Civil Veterinary Department. United Provinces 1923-31 - 1923-1931
Year: 1923
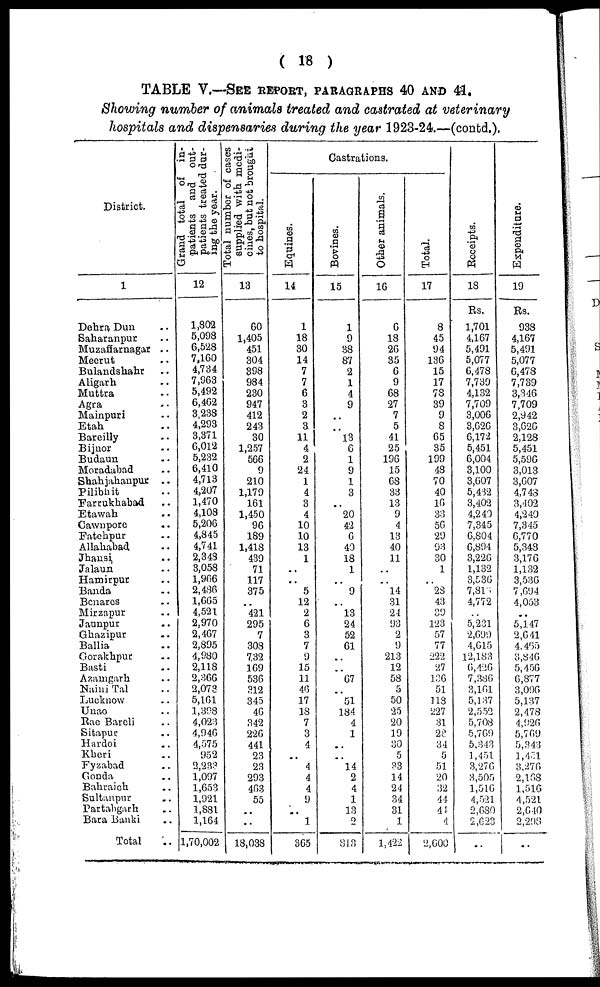
( 18 )
TABLE V.—SEE REPORT, PARAGRAPHS 40 AND 41.
Showing number of animals treated and castrated at veterinary
hospitals and dispensaries during the year 1923-24.—(confcd.).
District.
1
Dehra Dun ..
Saharanpur ..
Muzaffarnagar ..
Meerut ..
Bulandshahr ..
Aligarh ..
Muttra ..
Agra ..
Mainpuri ..
Etah ..
Bareilly ..
Bijnor ..
Budaun ..
Moradabad ..
Shahjahanpur ..
Pilibhit ..
Farrukhabad ..
Etawah ..
Cawnpore ..
Fatehpur ..
Allahabad ..
Jhaunsi ..
Jalaun ..
Hamirpur ..
Banda ..
Benares ..
Mirzapur ..
Jaunpur ..
Ghazipur ..
Ballia ..
Gorakhpur ..
Basti ..
Azamgarh ..
Naini Tal ..
Lucknow ..
Unao ..
Rae Bareli ..
Sitapur ..
Hardoi ..
Kheri ..
Fyzabad ..
Gonda ..
Bahraich ..
Sultanpur ..
Partabgarh ..
Bara Banki ..
Total ..
Grand total of in-
patients and out-
patients treated dur-
ing the year.
12
1,802
5,098
6,528
7,160
4,734
7,963
5,492
6,462
3,238
4,293
3,371
6,012
5,232
6,410
4,713
4,207
1,470
4,108
5,206
4,845
4,741
2,348
3,058
1,966
2,486
1,665
4,521
2,970
2,467
2,895
4,980
2,118
2,366
2,073
5,161
1,398
4,023
4,946
4,575
952
2,233
1,097
1,653
1,921
1,881
1,164
1,70,002
Total number of cases
supplied with medi-
cines, but not brought
to hospital.
13
60
1,405
451
304
398
984
230
947
412
243
30
1,257
566
9
210
1,179
161
1,450
96
189
1,418
439
71
117
375
..
421
295
7
308
7,32
169
536
312
345
46
342
226
441
23
23
293
463
55
..
..
18,038
Castrations.
Equines.
14
1
18
30
14
7
7
6
3
2
3
11
4
2
24
1
4
3
4
10
10
13
1
..
..
5
12
2
6
3
7
9
15
11
46
17
18
7
3
4
4
4
4
9
..
1
365
Bovines.
15
1
9
38
87
2
1
4
9
..
..
l3
6
1
9
1
3
..
20
42
6
40
18
1
..
9
..
13
24
52
61
..
..
67
..
51
184
4
1
..
..
14
2
4
1
13
2
813
Other animals.
16
6
18
26
35
6
9
68
27
7
5
41
25
196
15
68
33
13
9
4
13
40
11
..
..
14
31
24
93
2
9
213
12
58
5
50
25
20
19
30
5
33
14
24
34
31
1
1,422
Total.
17
8
45
94
136
15
17
78
39
9
8
65
35
199
48
70
40
16
33
56
29
93
30
1
..
28
43
39
123
57
77
222
27
136
51
118
227
31
23
34
5
51
20
32
44
44
4
2,600
Recei pt s .
18
Rs.
1,701
4,167
5,491
5,077
6,478
7,739
4,132
7,709
3,006
3,626
6,172
5,451
6,004
3,100
3,607
5,432
3,402
4,240
7,345
6,804
6,894
3,226
1,132
3,536
7,816
4,772
..
5,231
2,699
4,615
12,183
6,426
7,386
3,161
5,137
2,552
5,708
5,769
5,343
1,451
3,276
3,505
1,516
4,521
2,680
2,623
..
Expendi t
ur e.
19
Rs.
938
4,167
5,491
5,077
6,478
7,739
3,346
7,709
2,942
3,626
2,128
5,451
5,596
3,013
3,607
4,743
3,402
4,240
7,345
6,770
5,343
3,176
1,132
3,536
7,694
4,053
..
5,147
2,641
4,465
3,846
5,456
6,877
3,096
5,137
2,478
4,926
5,769
5,343
1,451
3,276
2,168
1,516
4,521
2,640
2,298
..